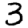
Digit: 3